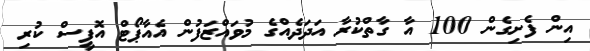
އިން ފެށިގެން 100 އާ ގާތްކުރާ އަދަދެއްގެ މުވައްޒަފުން އެއާޕޯޓް އޮފީސް ކުރި